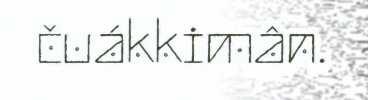
čuákkimân.